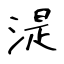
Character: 湜